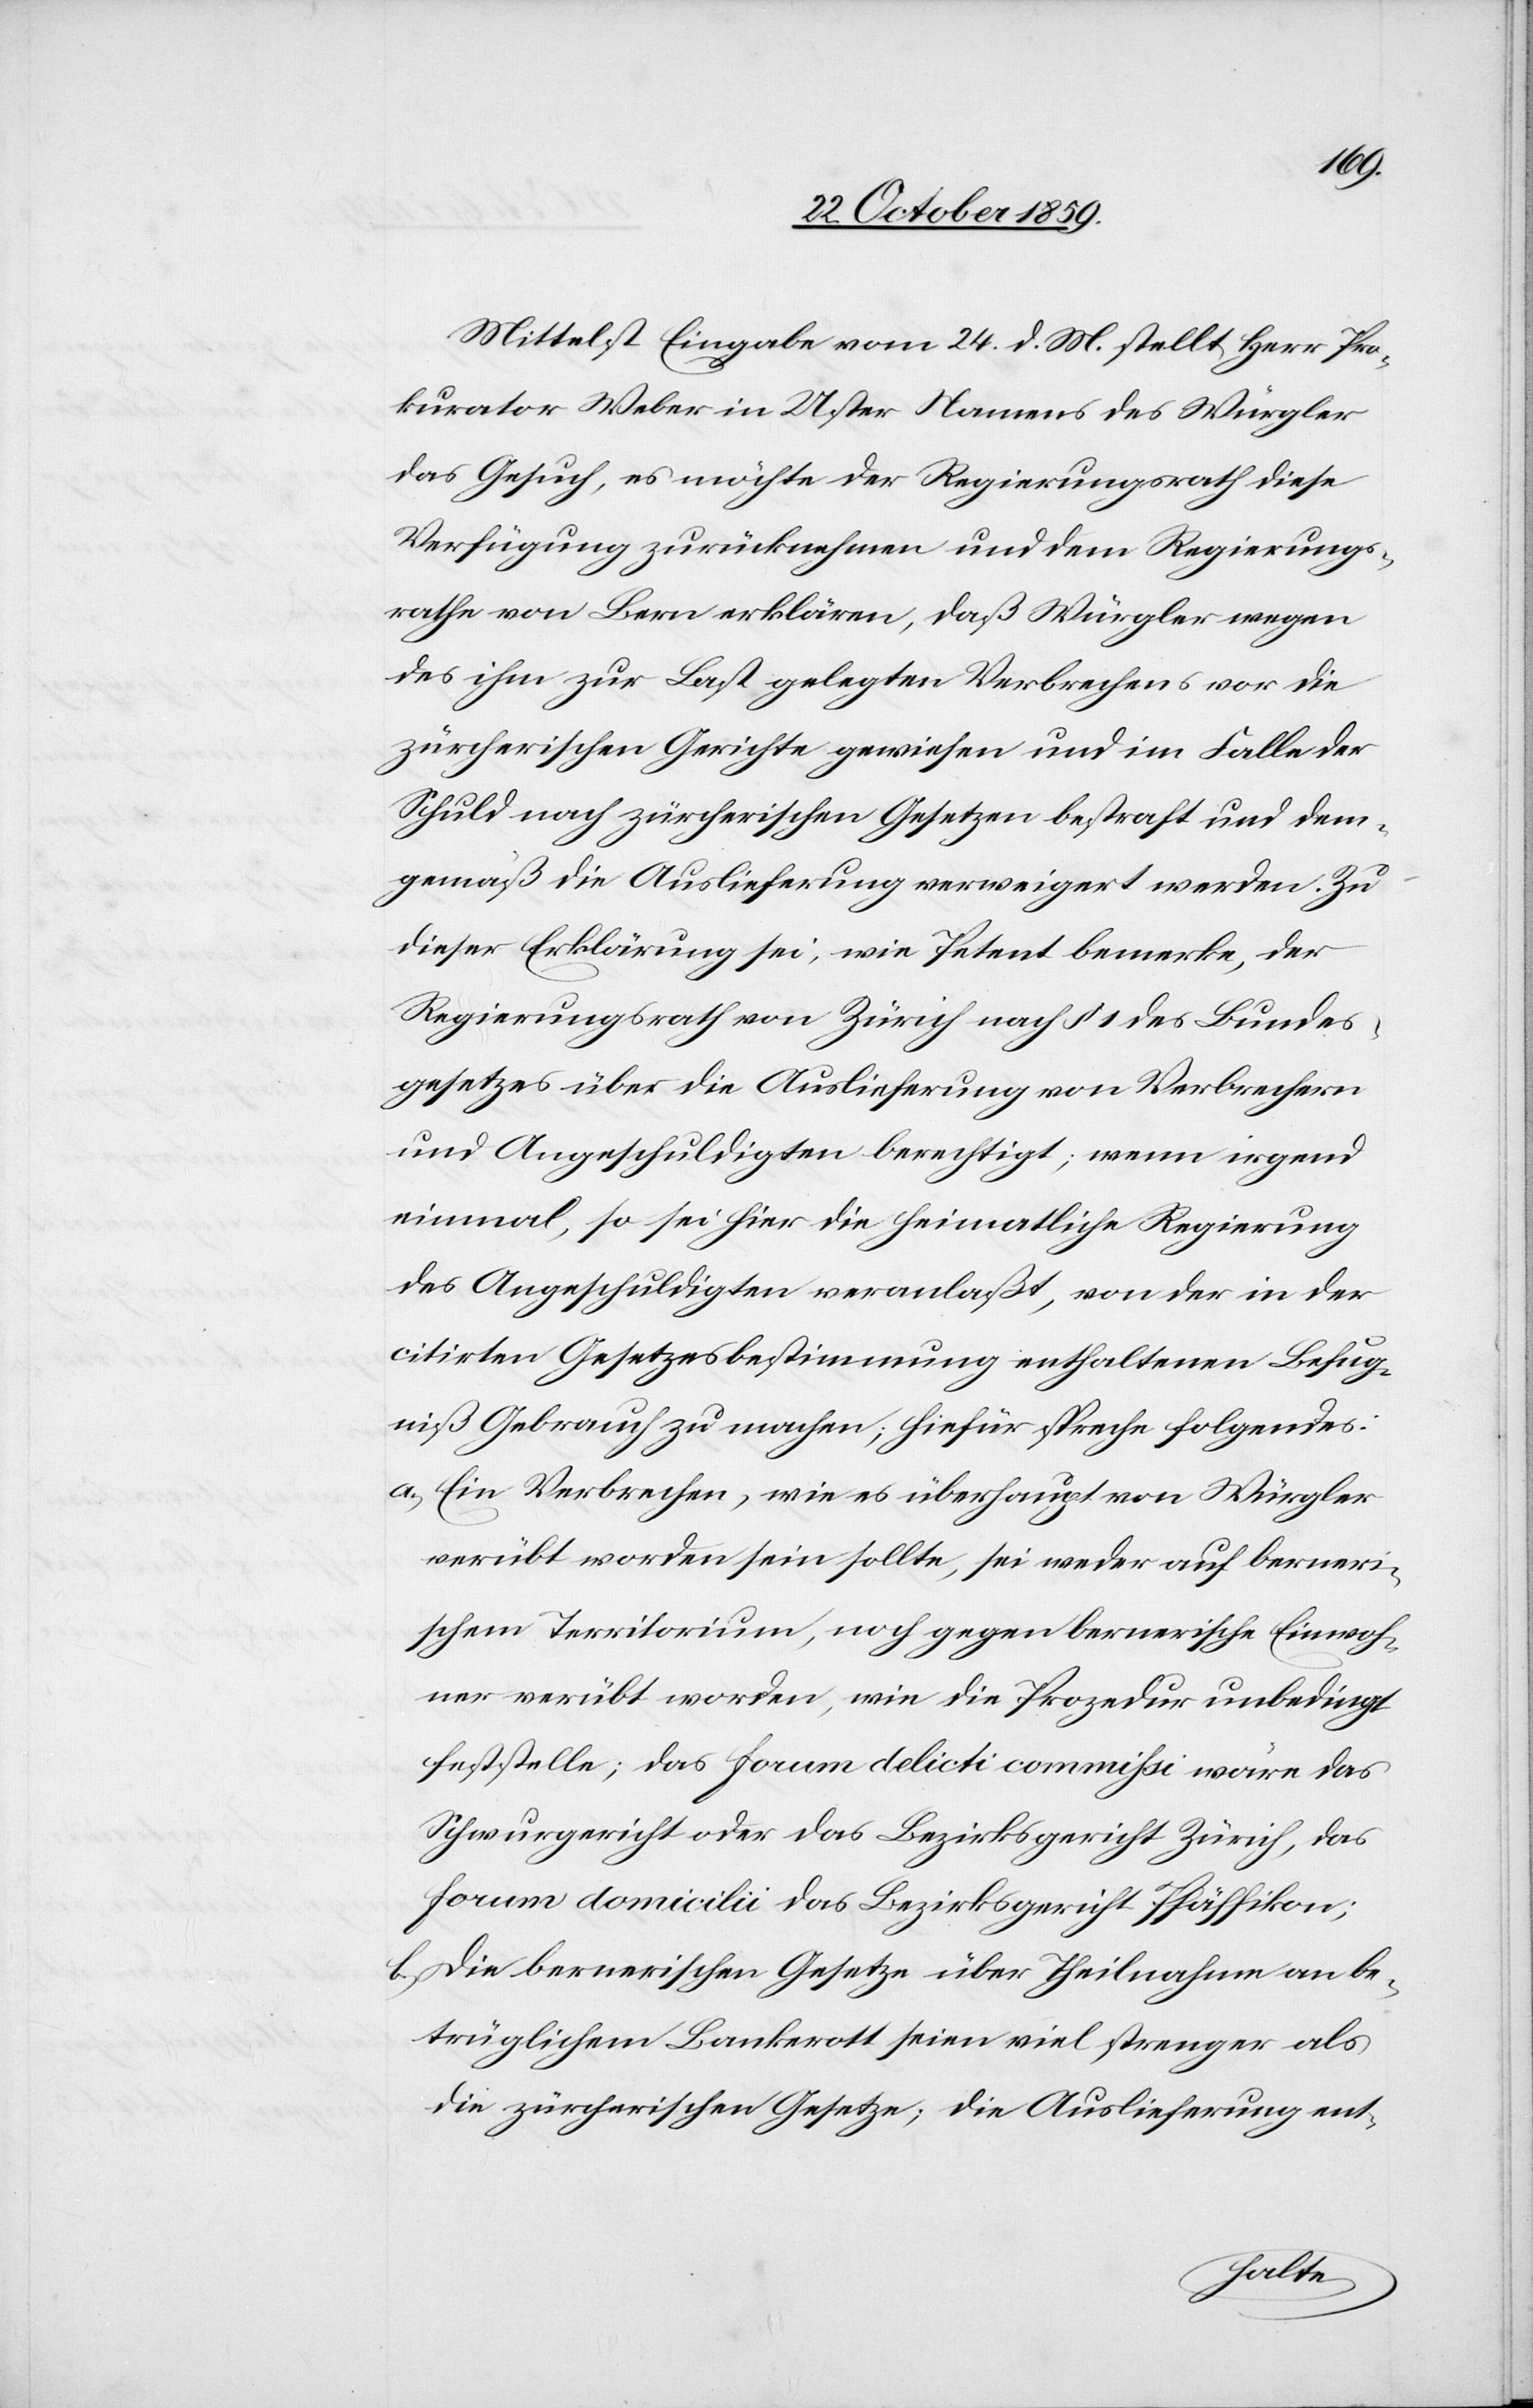
Mittelst Eingabe vom 24. d. Mts. stellt Herr Pro¬
kurator Weber in Uster Namens des Würgler
das Gesuch, es möchte der Regierungsrath diese
Verfügung zurücknehmen und dem Regierungs¬
rathe von Bern erklären, daß Würgler wegen
des ihm zur Last gelegten Verbrechens vor die
zürcherischen Gerichte gewiesen und im Falle der
Schuld nach zürcherischen Gesetzen bestraft und dem¬
gemäß die Auslieferung verweigert werden
dieser Erklärung sei, wie Petent bemerke, der
Regierungsrath von Zürich nach § 1 des Bundes¬
gesetzes über die Auslieferung von Verbrechern
und Angeschuldigten berechtigt; wenn irgend
einmal, so sei hier die heimatliche Regierung
des Angeschuldigten veranlaßt, von der in der
citirten Gesetzesbestimmung enthaltenen Befug¬
niß Gebrauch zu machen; hiefür spreche folgendes:
a) Ein Verbrechen, wie es überhaupt von Würgler
verübt worden sein sollte, sei weder auf berneri¬
schem Territorium, noch gegen bernerische Einwoh¬
ner verübt worden, wie die Prozedur unbedingt
feststelle; das forum delicti commissi wäre das
Schwurgericht oder das Bezirksgericht, das forum d¬
omicilii das Bezirksgericht Pfäffikon;
b) Die bernerischen Gesetze über Theilnahme an be¬
trügerlichem Bankerott seien viel strenger als
die zürcherischen Gesetze; die Auslieferung ent-